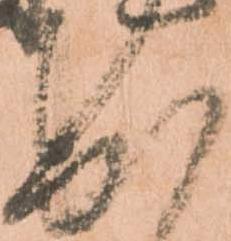
出